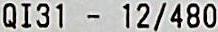
QI31 - 12/480